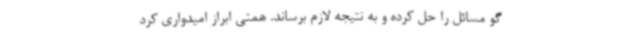
گو مسائل را حل کرده و به نتیجه لازم برساند. همتی ابراز امیدواری کرد